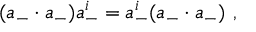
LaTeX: ( a _ { - } \cdot a _ { - } ) a _ { - } ^ { i } = a _ { - } ^ { i } ( a _ { - } \cdot a _ { - } ) \ ,